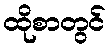
ထိုစာတွင်